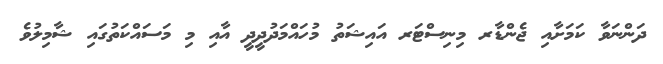
ދަންނަވާ ކަމަށާއި ޖެންޑާރ މިނިސްޓަރ އައިޝަތު މުހައްމަދުދީދީ އާއި މި މަސައްކަތުގައި ޝާމިލުވެ